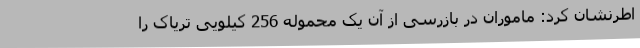
اطرنشان کرد: ماموران در بازرسی از آن یک محموله 256 کیلویی تریاک را